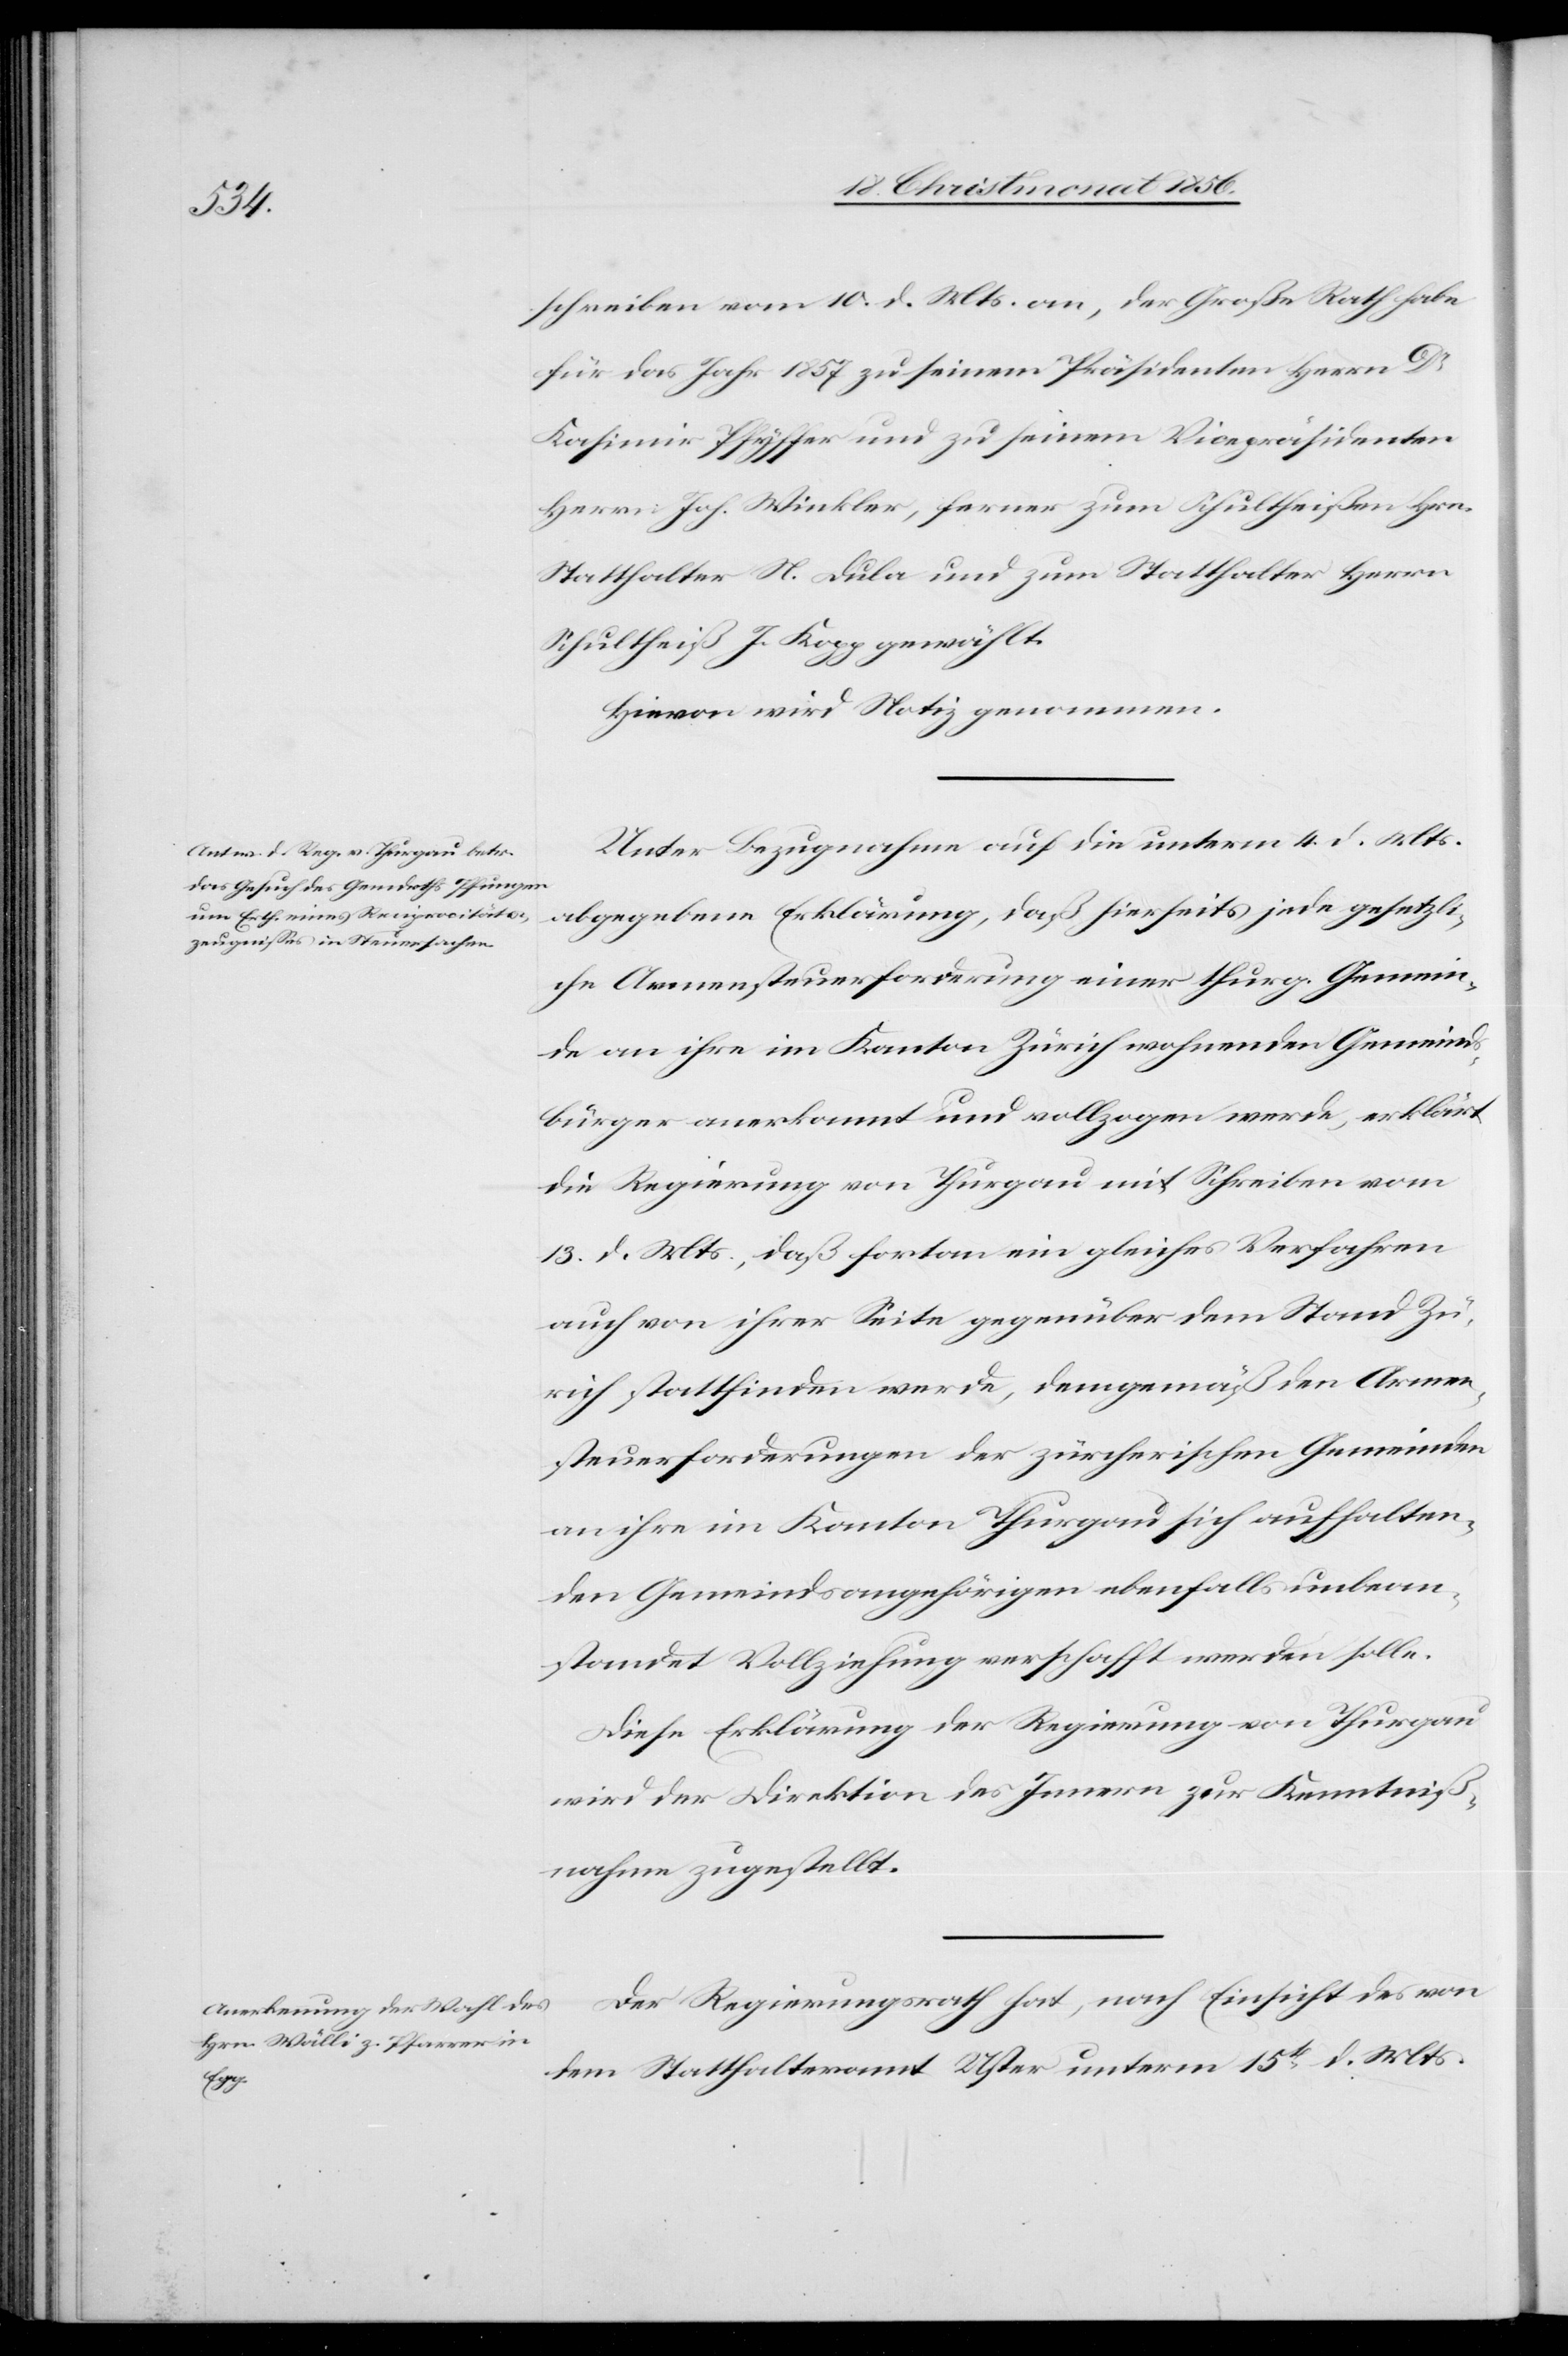
schreiben vom 10. d. Mts. an, der Große Rath habe
für das Jahr 1857 zu seinem Präsidenten Herrn Dr
Kasimir Pfyffer und seinem Vicepräsidenten
Herrn Joh. Winkler, ferner zum Schultheißen Hrn.
Statthalter N. Dula und zum Statthalter Herrn
Schultheiß J. Kopp gewählt.
Hievon wird Notiz genommen.
Unter Bezugnahme auf die unterm 4. d. Mts.
abgegebene Erklärung, daß hierseits jede gesetzli¬
che Armensteuerforderung einer thurg. Gemein¬
de an ihre im Kanton Zürich wohnenden Gemeind¬
sbürger anerkannt und vollzogen werde, erklärt
die Regierung von Thurgau mit Schreiben vom
13. d. Mts., daß fortan ein gleiches Verfahren
auch von ihrer Seite gegenüber dem Stand Zü¬
rich stattfinden werde, demgemäß den Armen¬
steuerforderungen der zürcherischen Gemeinden
an ihre im Kanton Thurgau sich aufhalten¬
den Gemeindsangehörigen ebenfalls unbean¬
standet Vollziehung verschafft werden solle.
Diese Erklärung der Regierung von Thurgau
wird der Direktion des Innern zur Kenntniß¬
nahme zugestellt.
Der Regierungsrath hat, nach Einsicht des von
dem Statthalteramt Uster unterm 15t d. Mts.